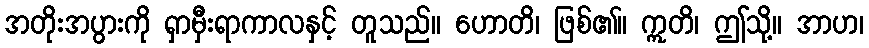
အတိုးအပွားကို ရှာမှီးရာကာလနှင့် တူသည်။ ဟောတိ၊ ဖြစ်၏။ ဣတိ၊ ဤသို့။ အာဟ၊